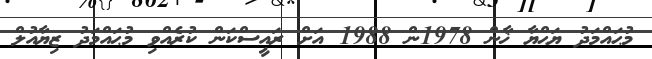
މުޙައްމަދު ޔަޙްޔާ ޚާން 1978ން 1988 އަށް ރައީސްކަން ކުރެއްވި މުޙައްމަދު ޒިޔާއުލް